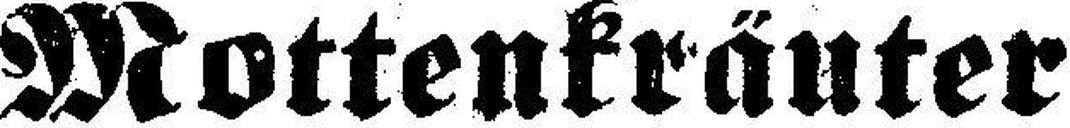
Mottenkräuter